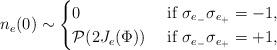
LaTeX: \begin{align*}n_e(0)\sim\begin{cases}0& \hbox{ if $\sigma_{e_-}\sigma_{e_+}=-1,$}\\\mathcal{P}(2J_e(\Phi))& \hbox{ if $\sigma_{e_-}\sigma_{e_+}=+1,$}\end{cases}\end{align*}